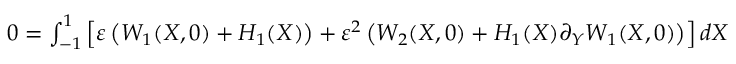
\begin{array} { r } { 0 = \int _ { - 1 } ^ { 1 } \left[ \varepsilon \left( W _ { 1 } ( X , 0 ) + H _ { 1 } ( X ) \right) + \varepsilon ^ { 2 } \left( W _ { 2 } ( X , 0 ) + H _ { 1 } ( X ) \partial _ { Y } W _ { 1 } ( X , 0 ) \right) \right] d X } \end{array}